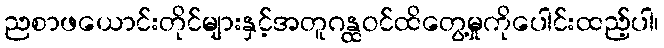
ညစာဖယောင်းတိုင်များနှင့်အတူဂန္ထဝင်ထိတွေ့မှုကိုပေါင်းထည့်ပါ၊